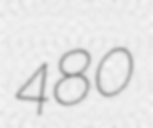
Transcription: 480